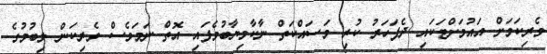
ވެރިކަމަށް އައުމަށްޓަކައި ދެފަހަރު ކުރި މަސައްކަތް ނާކާމިޔާބުވެފައި އޮތް ނަމަވެސް ވެރިކަން ލިބުމުގެ